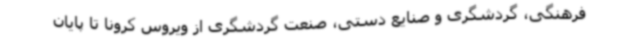
فرهنگی، گردشگری و صنایع دستی، صنعت گردشگری از ویروس کرونا تا پایان